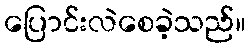
ပြောင်းလဲစေခဲ့သည်။